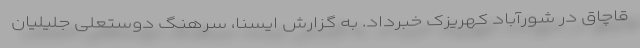
قاچاق در شورآباد کهریزک خبرداد. به گزارش ایسنا، سرهنگ دوستعلی جلیلیان